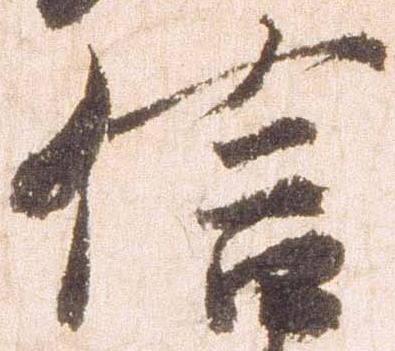
信